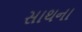
સાથના